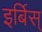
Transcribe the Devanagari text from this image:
इर्बिस्